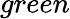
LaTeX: green